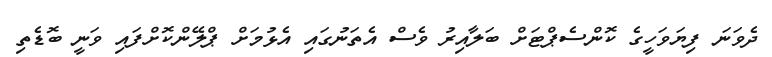
ދެވަނަ ފިޔަވަހީގެ ކޮންސެޕްޓަށް ބަލާއިރު ވެސް އެތަނުގައި އެޅުމަށް ޕްލޭންކޮށްފައި ވަނީ ބޮޑެތި